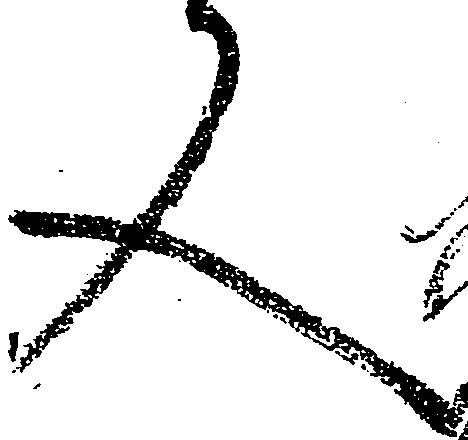
又